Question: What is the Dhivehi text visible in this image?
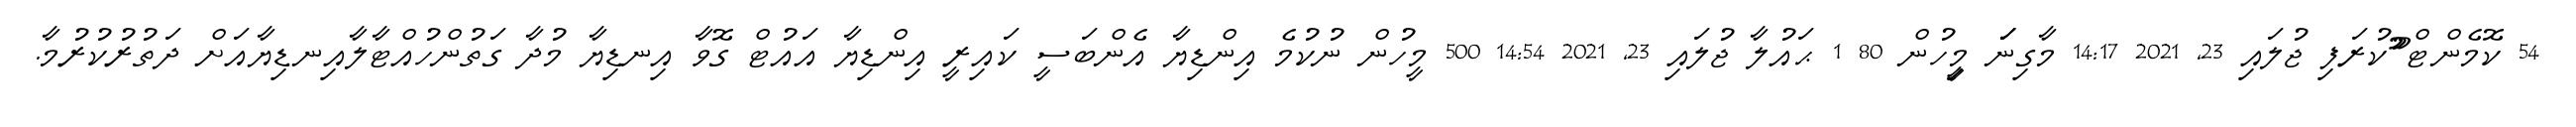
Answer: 54 ކޮމެންޓް ޫުކުރަފި ޖުލައި 23, 2021 14:17 މާގިނަަަ މިިީހުން 80 1 ޙައުލާ ޖުލައި 23, 2021 14:54 500 މީހުން ނުކުމެ އިންޑިޔާ އެންބަސީ ކައިރީ އިންޑިޔާ އައުޓް ގޮވާ އިނޑިޔާ މުދާ ގަތުންހުއްޓާލާއިނޑިޔާއަށް ދަތުރުކުރުމާ.